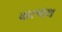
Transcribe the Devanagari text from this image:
वारपाथ